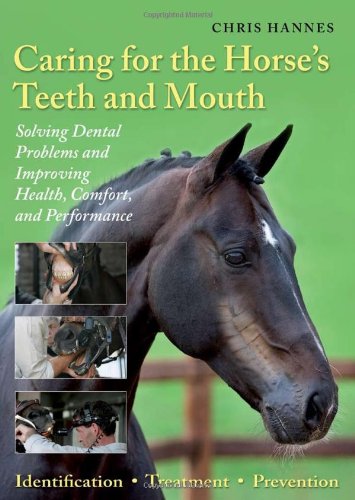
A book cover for Caring for the Horse's Teeth and Mouth: Solving Dental Problems and Improving Health, Comfort, and Performance; Chris Hannes; Medical Books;